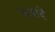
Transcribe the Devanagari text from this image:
नेत्रादे